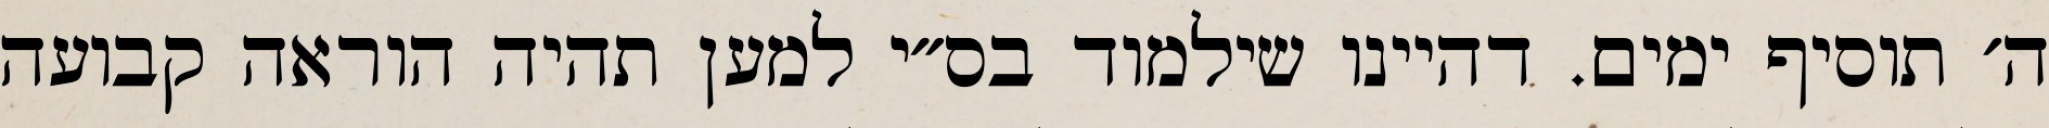
ה׳ תוסיף ימים. דהיינו שילמוד בס״י למען תהיה הוראה קבועה